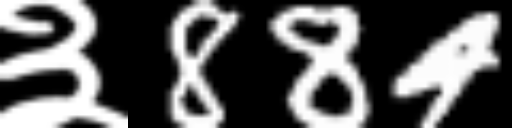
Text: ३884